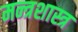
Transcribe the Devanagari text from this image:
मन्त्रशास्त्र